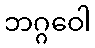
ဘဂ္ဂဝေါ